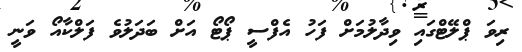
ރިވަ ޕްލޭޓްގައި ވިދާލުމަށް ފަހު އެފްސީ ޕޯޓޯ އަށް ބަދަލުވެ ފަލްކާއޯ ވަނީ